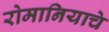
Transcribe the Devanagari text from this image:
रोमानियाचे